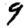
Digit: 9